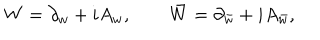
LaTeX: W = \partial _ { w } + i A _ { w } , \qquad \bar { W } = \partial _ { \bar { w } } + i A _ { \bar { w } } ,